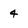
Character: 4